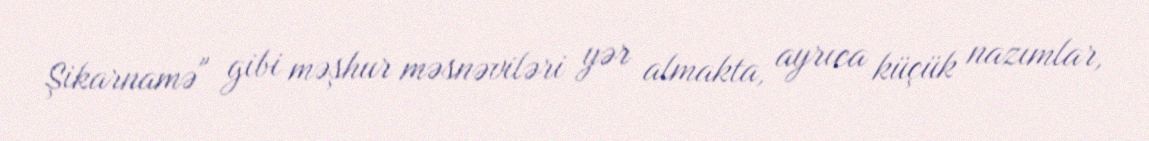
Şikarnamə" gibi məşhur məsnəviləri yər almakta, ayrıca küçük nazımlar,